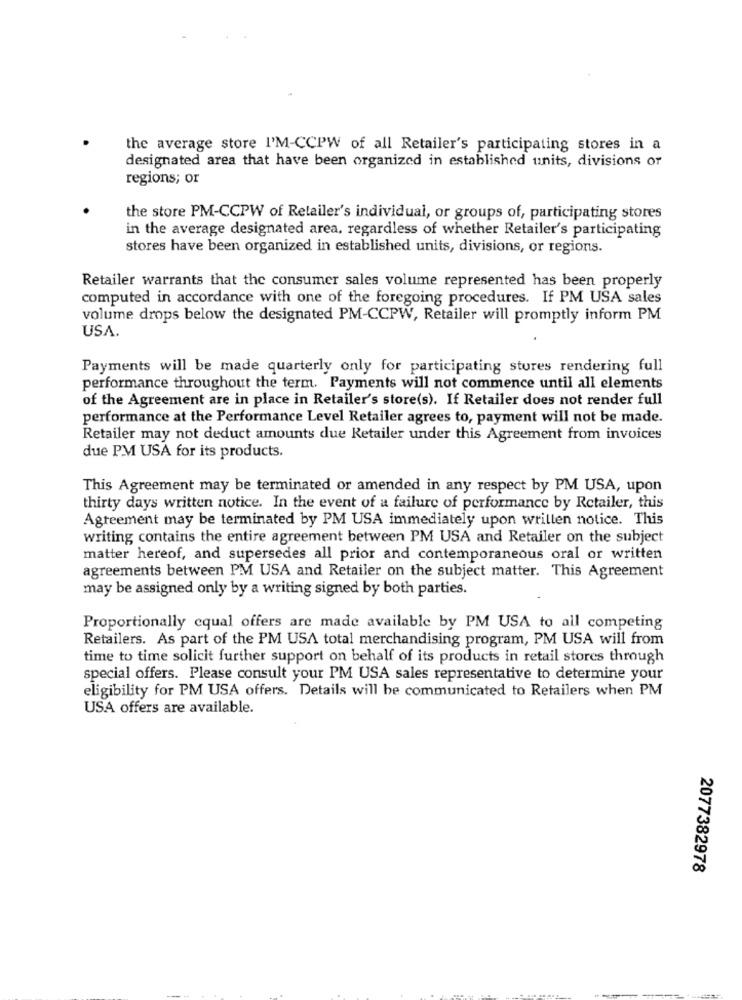
the average store I'M-CCPW of all Retailer's participating stores in a
designated area that have been organized in established units, divisions or
regions; or
the store PM-CCPW of Retailer's individual, or groups of, participating stores
in the average designated area, regardless of whether Retailer's participating
stores have been organized in established units, divisions, or regions.
Retailer warrants that the consumer sales volume represented has been properly
computed in accordance with one of the foregoing procedures. If PM USA sales
volume drops below the designated PM-CCPW, Retailer will promptly inform PM
USA.
Payments will be made quarterly only for participating stores rendering full
performance throughout the term. Payments will not commence until all elements
of the Agreement are in place in Retailer's store(s). If Retailer does not render full
performance at the Performance Level Retailer agrees to, payment will not be made.
Retailer may not deduct amounts due Retailer under this Agreement from invoices
due PM USA for its products.
This Agreement may be terminated or amended in any respect by PM USA, upon
thirty days written notice. In the event of a failure of performance by Retailer, this
Agreement may be terminated by PM USA immediately upon wrillen notice. This
writing contains the entire agreement between PM USA and Retailer on the subject
matter hereof, and supersedes all prior and contemporaneous oral or written
agreements between PM USA and Retailer on the subject matter. This Agreement
may be assigned only by a writing signed by both parties.
Proportionally equal offers are made available by PM USA to all competing
Retailers. As part of the PM USA total merchandising program, PM USA will from
time to time solicit further support on behalf of its products in retail stores through
special offers. Please consult your PM USA sales representative to determine your
eligibility for PM USA offers. Details will be communicated to Retailers when PM
USA offers are available.
2077382978